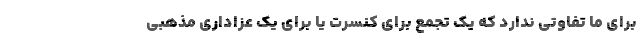
برای ما تفاوتی ندارد که یک تجمع برای کنسرت یا برای یک عزاداری مذهبی